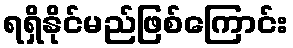
ရရှိနိုင်မည်ဖြစ်ကြောင်း